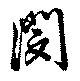
閔